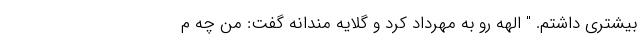
بیشتری داشتم. " الهه رو به مهرداد کرد و گلایه مندانه گفت: من چه م